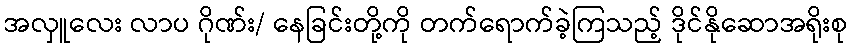
အလှူလေး လာပ ဂိုဏ်း/ နေခြင်းတို့ကို တက်ရောက်ခဲ့ကြသည့် ဒိုင်နိုဆောအရိုးစု